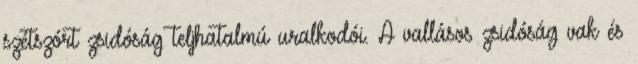
szétszórt zsidóság teljhatalmú uralkodói. A vallásos zsidóság vak és